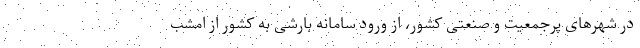
در شهرهای ‌پرجمعیت و صنعتی کشور، از ورود سامانه بارشی به کشور از امشب